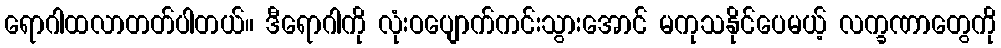
ရောဂါထလာတတ်ပါတယ်။ ဒီရောဂါကို လုံးဝပျောက်ကင်းသွားအောင် မကုသနိုင်ပေမယ့် လက္ခဏာတွေကို